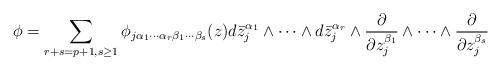
LaTeX: \begin{align*}\phi=\sum_{r+s=p+1, s\geq 1} \phi_{j \alpha_1\cdots\alpha_r\beta_1\cdots\beta_s}(z)d\bar{z}_j^{\alpha_1}\wedge \cdots \wedge d\bar{z}_j^{\alpha_r}\wedge \frac{\partial}{\partial z_j^{\beta_1}}\wedge\cdots \wedge\frac{\partial}{\partial z_j^{\beta_s}}\end{align*}